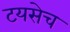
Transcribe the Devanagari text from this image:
टयसेच